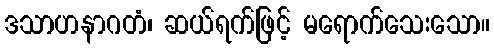
ဒသာဟနာဂတံ၊ ဆယ်ရက်ဖြင့် မရောက်သေးသော။